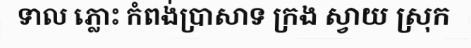
ទាល ភ្លោះ កំពង់ប្រាសាទ ក្រង ស្វាយ ស្រុក